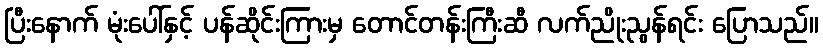
ပြီးနောက် မုံးပေါ်နှင့် ပန်ဆိုင်းကြားမှ တောင်တန်းကြီးဆီ လက်ညိုးညွန်ရင်း ပြောသည်။